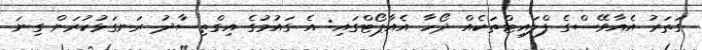
ގަތަރު އެއާވޭސްގެ ފްލައިޓްތަކެއް ދޯހާ އެއާޕޯޓްގައި: އެ ގައުމުގެ އިގްތިސާދު ރަނގަޅުކުރަން ގިނަ